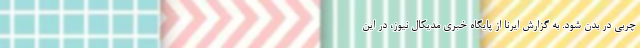
چربی در بدن شود. به گزارش ایرنا از پایگاه خبری مدیکال نیوز، در این